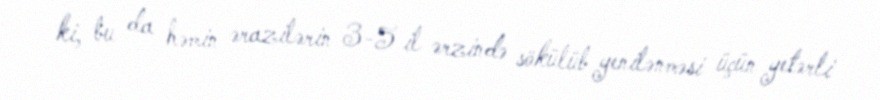
ki, bu da həmin ərazilərin 3-5 il ərzində sökülüb yenilənməsi üçün yetərli